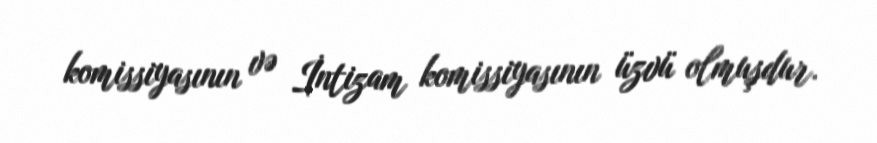
komissiyasının və İntizam komissiyasının üzvü olmuşdur.